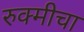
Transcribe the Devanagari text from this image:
रुक्मीचा